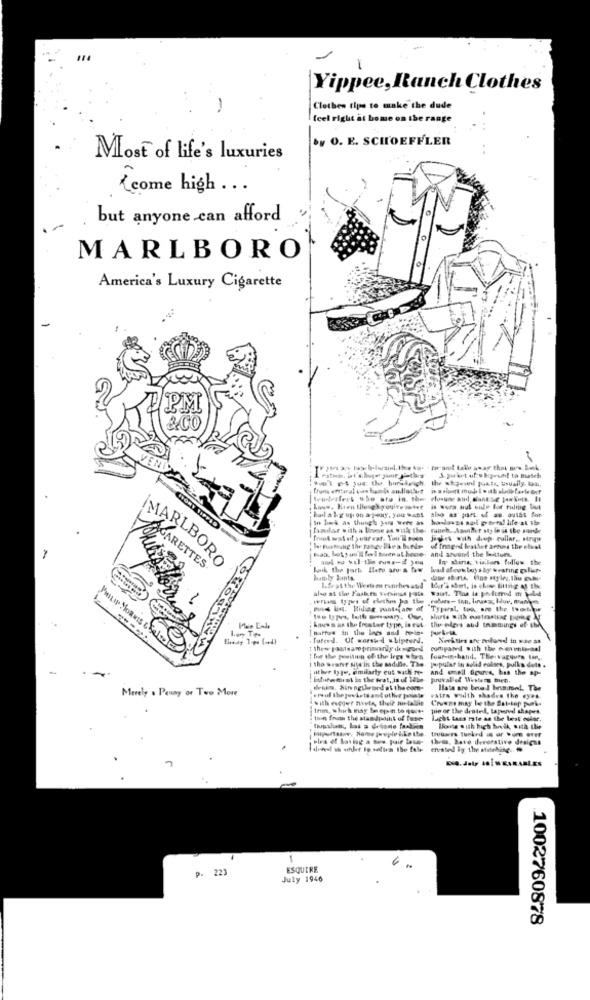
-
Yippee, Ranch Clothes
Clothes tips to make the dude
feel right at home on the range
by O. E. SCHOEFFLER
Most of life's luxuries
[come high ...
but anyone can afford
MARLBORO
America's Luxury Cigarette
TPM
&CO
S prat uf shigeschl to match
familar with a boone as with the ranch. Amulher style is the viande
jagkes with diup rullar, wings
of Inagrd leather artes the ebust
amt pu sil-the cuss-if you
In sheris, Vialors follow the
MARLBORO
ANGARETTES
wall ofews boys b wraring galisr-
hubby Junts.
also at the Faskr Vetsinad pata. Waist. Thas la polumed m weled
L.frat the Newtem ranchesand
the elers and tramings of INA
known as the froster type, lo eut
. fareed. Of warsted shiptund.
compared with the centraal
tho wrant sis in the sadille. The.
Four-in hand, The vagyors lin ,,
popular in solid ealses, pulka dott .
other type, emilarty eut wath re-
and email fourve, has the ap-
isturament is the brat, in ul labe
pruvallof Western Bire.
Merely . Penny or Two More
wenn. Sin agilemed at the com-
Ilate are beval brummel. The
with esgger miete, thele metallie
Patra wulth shades the eyes
Crumms may le the Bat-top punk-
Ihm, which may be open.to que.
the or The drated, tapered shapes.
tuin from the standpoint of fuse-
lacht Lans rate as the West color.
theas, Bave decorative designs
1
p. 223
ESQUIRE
July 1946
1002760878